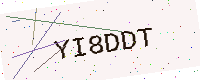
Text: YI8DDT